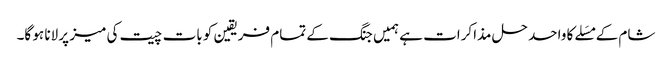
شام کے مسَلے کا واحد حل مذاکرات ہے ہمیں جنگ کے تمام فریقین کو بات چیت کی میز پر لانا ہو گا۔